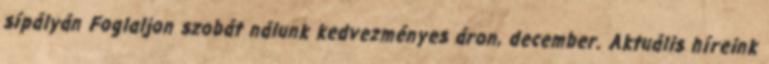
sípályán Foglaljon szobát nálunk kedvezményes áron, december. Aktuális híreink